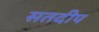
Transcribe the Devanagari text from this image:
सतदीप